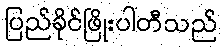
ပြည်ခိုင်ဖြိုးပါတီသည်